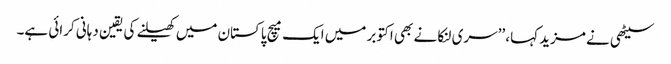
سیٹھی نے مزید کہا، ’’سری لنکا نے بھی اکتوبر میں ایک میچ پاکستان میں کھیلنے کی یقین دہانی کرائی ہے۔